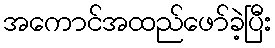
အကောင်အထည်ဖော်ခဲ့ပြီး